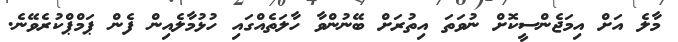
މާލެ އަަށް އިމަޖެންސީކޮށް ނުވަތަ އިތުރަށް ބޭނުންވާ ހާލަތެއްގައި ހުޅުމާލެއިން ފެން ޕަމްޕްކުރެވޭނެ.